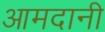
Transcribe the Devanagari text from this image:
आमदानी